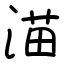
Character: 渵